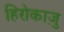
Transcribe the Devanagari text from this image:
हिरोकाज़ु